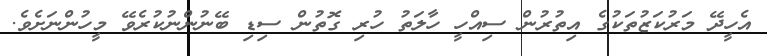
އެހީދޭ މަރުކަޒުތަކުގެ އިތުރުން ސިއްހީ ހާލަތު ހުރި ގޮތުން ސިޑި ބޭނުންނުކުރެވޭ މީހުންނަށެވެ.